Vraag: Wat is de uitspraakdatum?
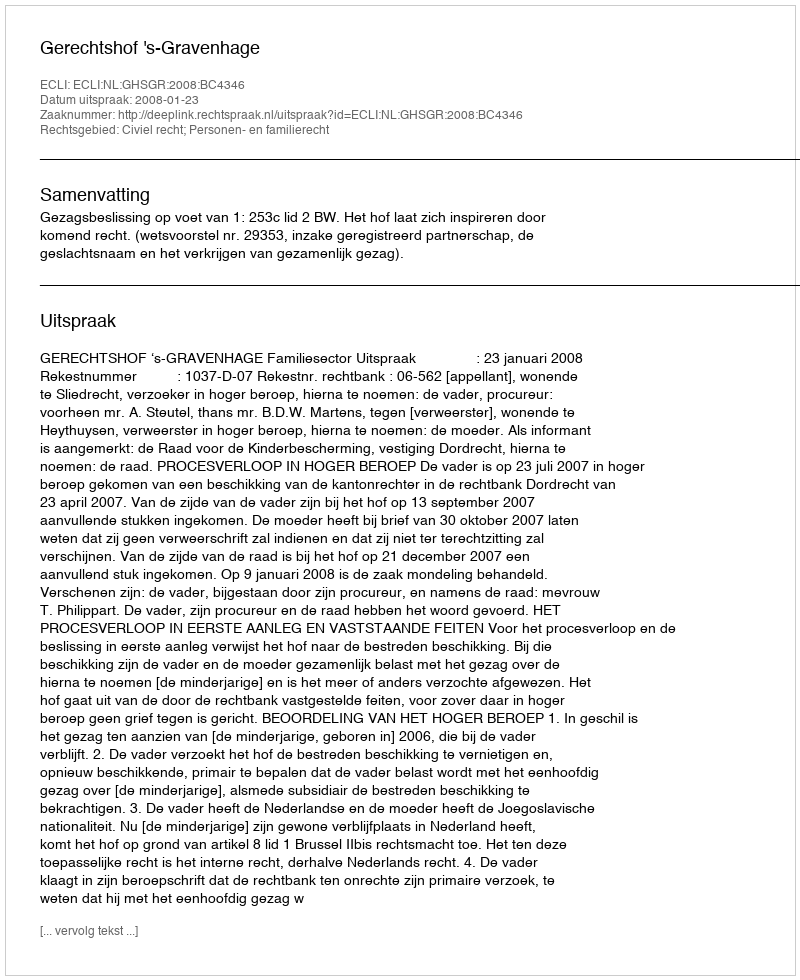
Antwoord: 2008-01-23